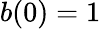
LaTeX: b(0)=1